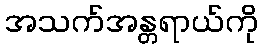
အသက်အန္တရာယ်ကို